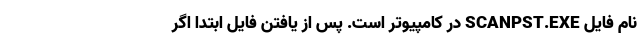
نام فایل SCANPST.EXE در کامپیوتر است. پس از یافتن فایل ابتدا اگر